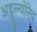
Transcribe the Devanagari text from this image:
अङ्गुल्योरेव